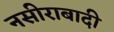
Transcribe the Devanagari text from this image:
नसीराबादी